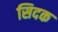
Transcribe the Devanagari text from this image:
सिदक